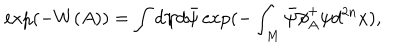
LaTeX: \exp ( - W ( A ) ) = \int d \psi d \bar { \psi } \exp ( - \int _ { M } \bar { \psi } \partial \! \! \! / _ { A } ^ { + } \psi d ^ { 2 n } x ) ,